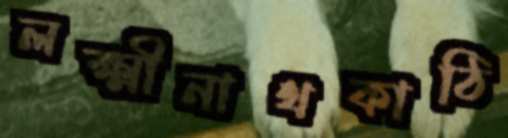
লক্ষ্মীনাথকাঠি